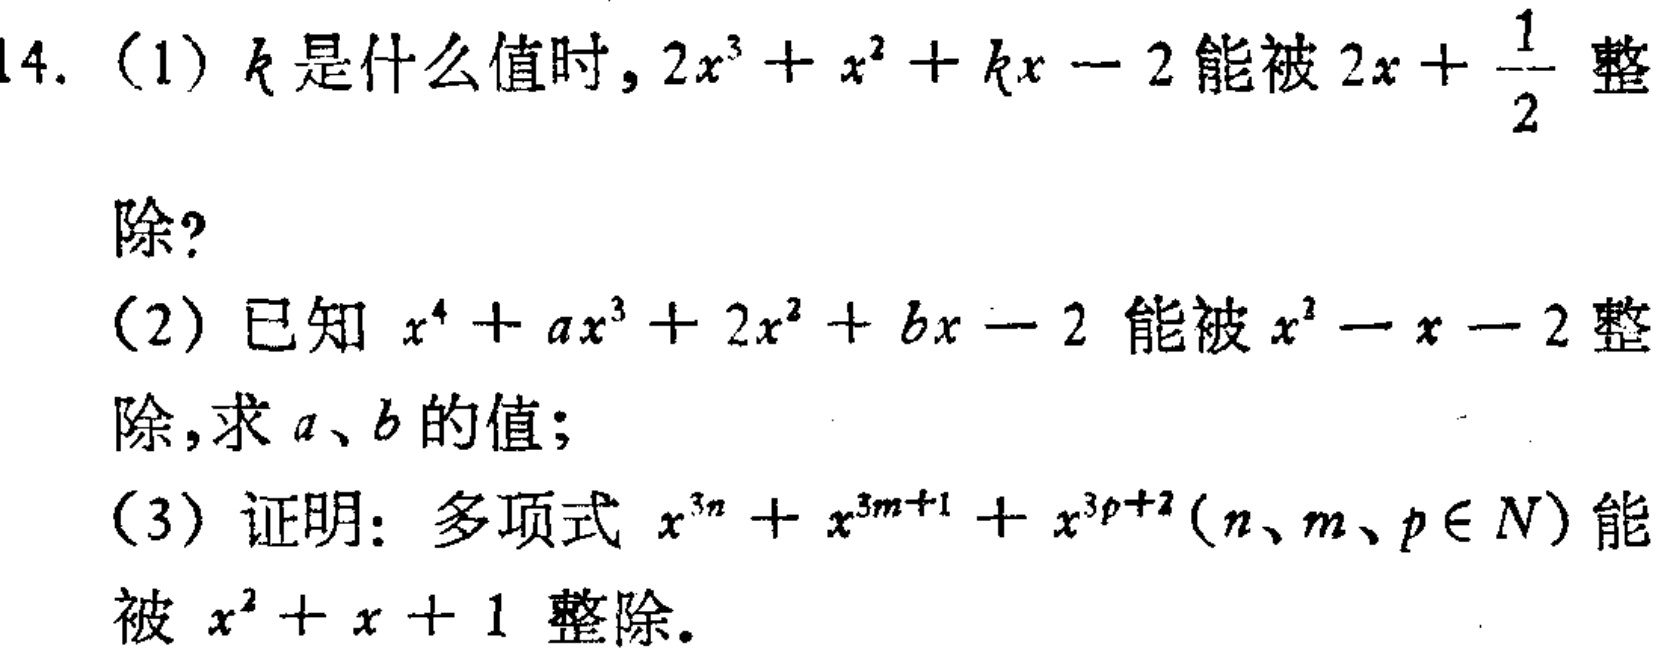
14. (1) \(k\)是什么值时，\(2x^{3}+x^{2}+kx - 2\)能被\(2x+\frac{1}{2}\)整除？

(2) 已知\(x^{4}+ax^{3}+2x^{2}+bx - 2\)能被\(x^{2}-x - 2\)整除，求\(a\)、\(b\)的值；

(3) 证明：多项式\(x^{3n}+x^{3m + 1}+x^{3p+2}(n、m、p\in N)\)能被\(x^{2}+x + 1\)整除。